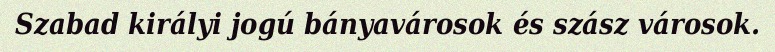
Szabad királyi jogú bányavárosok és szász városok.